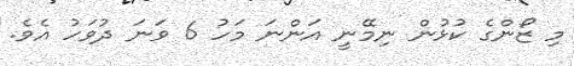
މި ޒޯންގެ ކުޅުން ނިމޭނީ އަންނަ މަހު 6 ވަނަ ދުވަހު އެވެ.